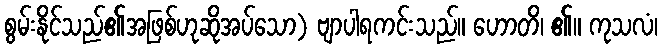
စွမ်းနိုင်သည်၏အဖြစ်ဟုဆိုအပ်သော) ဗျာပါရကင်းသည်။ ဟောတိ၊ ၏။ ကုသလံ၊